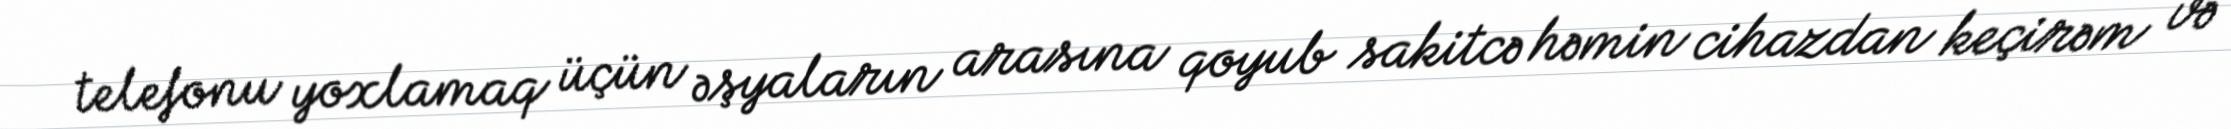
telefonu yoxlamaq üçün əşyaların arasına qoyub sakitcə həmin cihazdan keçirəm və